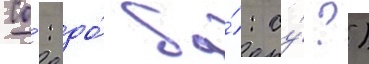
Со́: до́ ба́: су́?)